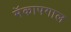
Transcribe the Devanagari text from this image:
मॅकापगाल